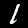
Digit: 1